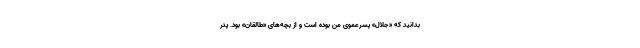
بدانید که «جلال» پسرعموی من بوده است و از بچه‌های «طالقان» بود. پدر